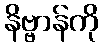
နိဗ္ဗာန်ကို